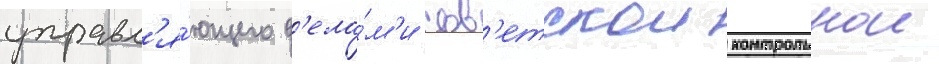
управл'я́ющего д'ела́м'и сов'етскои контрольнои